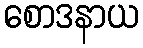
စောဒနာယ